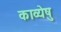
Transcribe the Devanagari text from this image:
काव्येषु